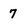
Character: 7